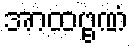
အာထဗ္ဗဏံ